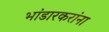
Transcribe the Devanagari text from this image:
भांडारकरांना